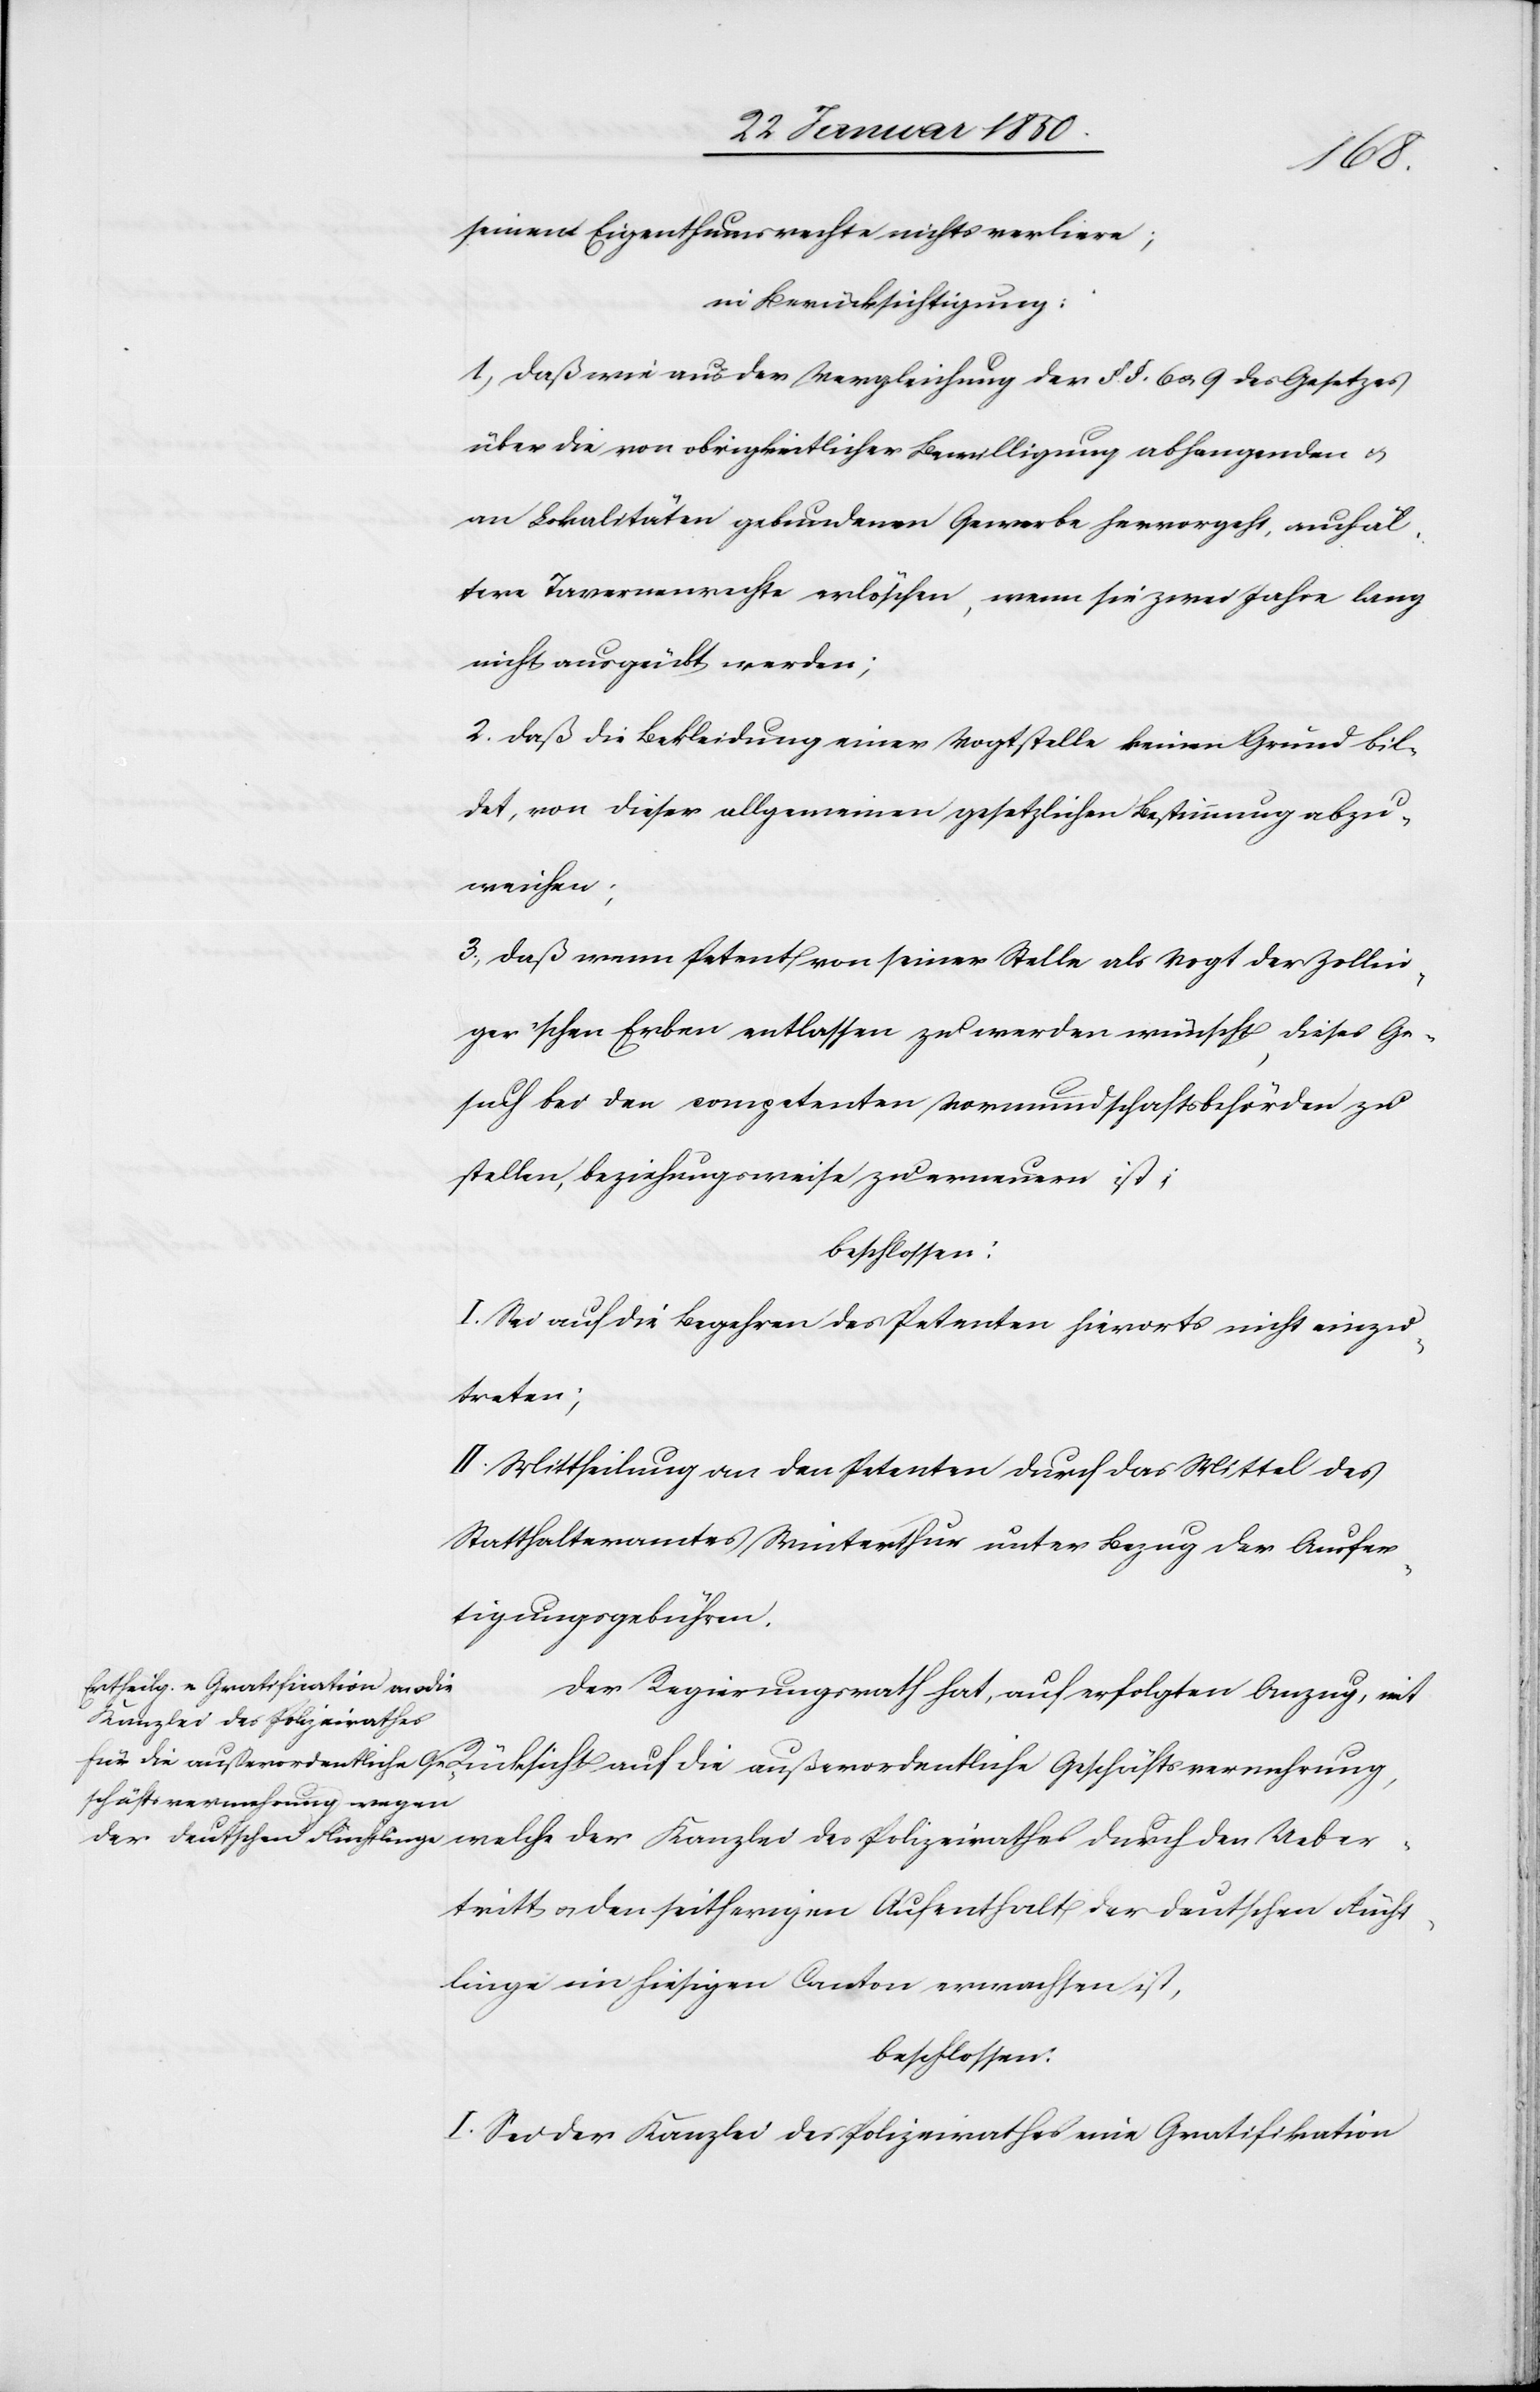
seinem Eigenthumsrechte nicht verliere;
in Berücksichtigung:
1. Daß wie aus der Vergleichung der §. §. 6 u. 9 des Gesetzes
über die von obrigkeitlicher Bewilligung abhangenden u.
an Lokalitäten gebundenen Gewerbe hervorgeht, auch äl¬
tere Tavernenrechte erlöschen, wenn sie zwei Jahre lang
nicht ausgeübt werden;
2. Daß die Bekleidung einer Vogtstelle keinen Grund bil¬
det, von dieser allgemeinen gesetzlichen Bestimmung abzu¬
weichen;
3. Daß wenn Petent von seiner Stelle als Vogt der Zollin¬
ger’schen Erben entlassen zu werden wünscht, dieses Ge¬
such bei der competenten Vormundschaftsbehörden zu
stellen, beziehungsweise zu erneuern ist;
beschlossen:
I. Sei auf die Begehren des Petenten hierorts nicht einzu¬
treten;
II. Mittheilung an den Petenten durch das Mittel des
Statthalteramtes Winterthur unter Bezug der Ausfer¬
tigungsgebühren.
Der Regierungsrath hat, auf erfolgten Anzug, mit
welche der Kanzlei des Polizeirathes durch den Ueber¬
tritt u. den seitherigen Aufenthalt der deutschen Flücht¬
linge im hiesigen Canton erwachsen ist,
beschlossen:
I. Sei der Kanzlei des Polizeirathes eine Gratifikation